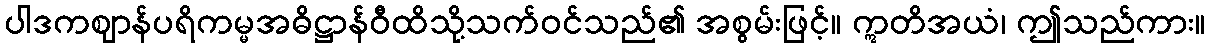
ပါဒကဈာန်ပရိကမ္မအဓိဋ္ဌာန်ဝီထိသို့သက်ဝင်သည်၏ အစွမ်းဖြင့်။ ဣတိအယံ၊ ဤသည်ကား။